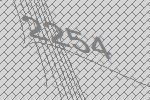
2254